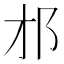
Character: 𨙴